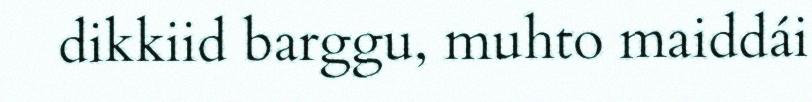
dikkiid barggu, muhto maiddái